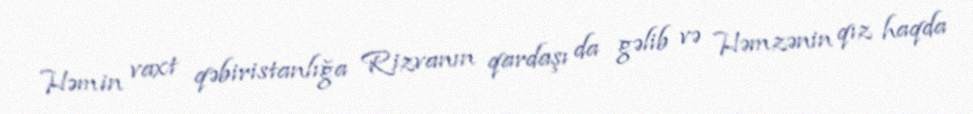
Həmin vaxt qəbiristanlığa Rizvanın qardaşı da gəlib və Həmzənin qız haqda